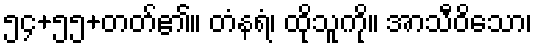
၅၄+၅၅+တတ်၏။ တံနရံ၊ ထိုသူကို။ အာသီဝိသော၊